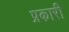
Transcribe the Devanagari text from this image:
प्रकारी